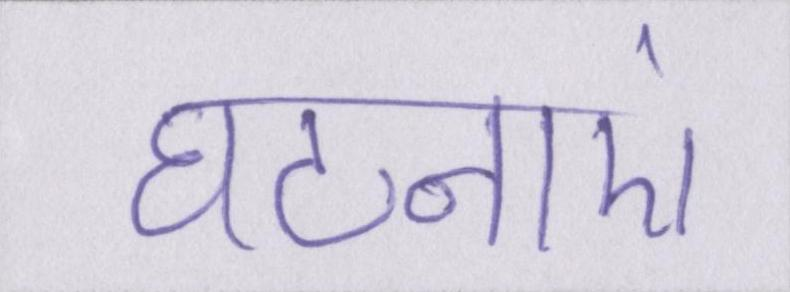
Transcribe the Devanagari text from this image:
घटनाएं